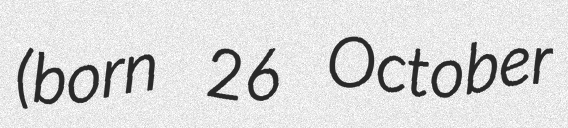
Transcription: (born 26 October